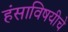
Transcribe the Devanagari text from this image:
हंसाविषयीचे